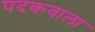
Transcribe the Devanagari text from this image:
पदकवाला